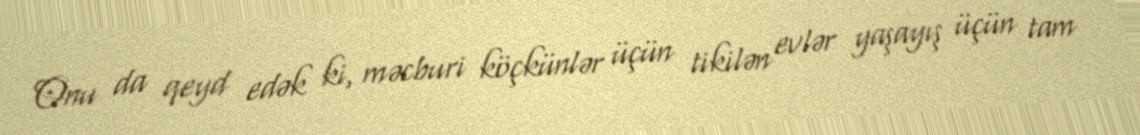
Onu da qeyd edək ki, məcburi köçkünlər üçün tikilən evlər yaşayış üçün tam